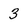
Character: 3